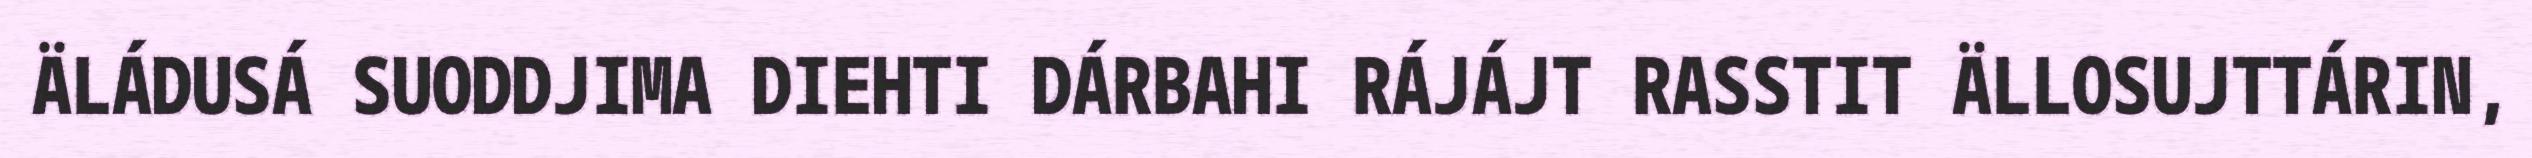
ÄLÁDUSÁ SUODDJIMA DIEHTI DÁRBAHI RÁJÁJT RASSTIT ÄLLOSUJTTÁRIN,